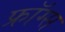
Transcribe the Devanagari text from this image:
फ्रॉग्स